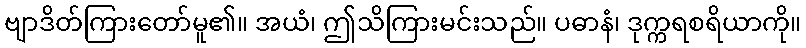
ဗျာဒိတ်ကြားတော်မူ၏။ အယံ၊ ဤသိကြားမင်းသည်။ ပဓာနံ၊ ဒုက္ကရစရိယာကို။